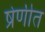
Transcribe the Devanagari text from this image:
ष्रेणीत